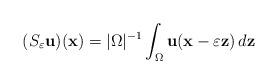
LaTeX: \begin{align*}(S_\varepsilon \mathbf{u})(\mathbf{x})=\vert \Omega \vert ^{-1}\int _\Omega \mathbf{u}(\mathbf{x}-\varepsilon \mathbf{z})\,d\mathbf{z}\end{align*}